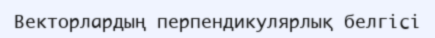
Векторлардың перпендикулярлық белгісі